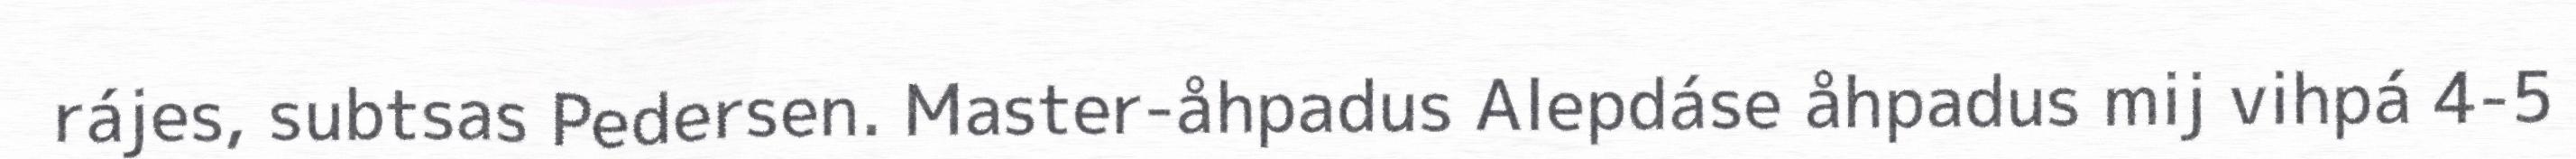
rájes, subtsas Pedersen. Master-åhpadus Alepdáse åhpadus mij vihpá 4-5